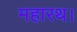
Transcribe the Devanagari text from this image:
महारथ।